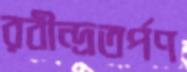
রবীন্দ্রতর্পণ